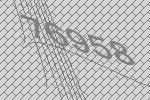
76958